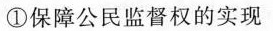
①保障公民监督权的实现